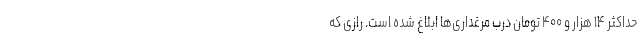
حداکثر ۱۴ هزار و ۴۰۰ تومان درب مرغداری‌ها ابلاغ شده است. رازی که